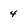
Character: 4